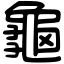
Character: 龜